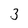
Character: 3